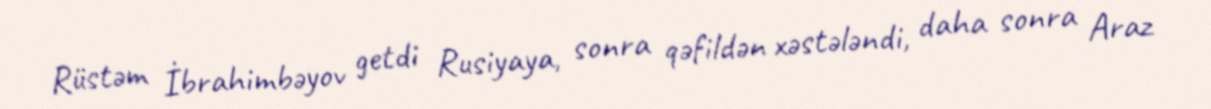
Rüstəm İbrahimbəyov getdi Rusiyaya, sonra qəfildən xəstələndi, daha sonra Araz